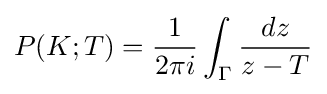
P(K;T)={\frac {1}{2\pi i}}\int \nolimits _{\Gamma }{\frac {dz}{z-T}}